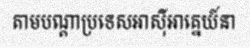
តាមបណ្តាប្រទេសអាស៊ីអាគ្នេយ៍នា